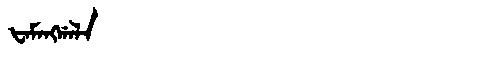
Manchu: ᡶᠠᠮᠠᠩᡤᠠᠯᠠ
Romanization: FAMANGGALA